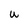
Character: u